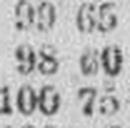
100 75